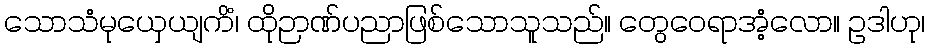
သောသံမုယှေယျကိံ၊ ထိုဉာဏ်ပညာဖြစ်သောသူသည်။ တွေဝေရာအံ့လော။ ဥဒါဟု၊